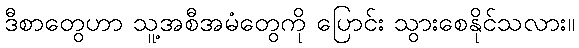
ဒီစာတွေဟာ သူ့အစီအမံတွေကို ပြောင်း သွားစေနိုင်သလား။